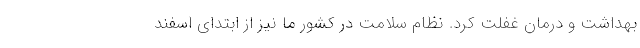
بهداشت و درمان غفلت کرد. نظام سلامت در کشور ما نیز از ابتدای اسفند